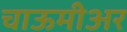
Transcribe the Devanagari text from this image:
चाऊमीअर